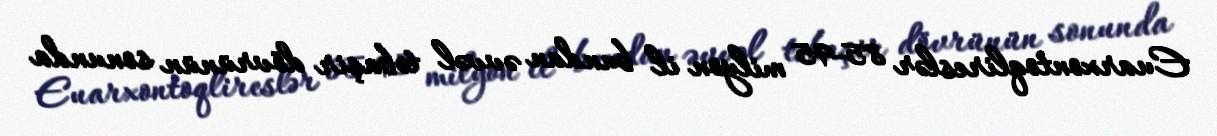
Euarxontoqlireslər 85-95 milyon il bundan əvvəl təbaşir dövrünün sonunda